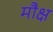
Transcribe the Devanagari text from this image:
मौक्ष